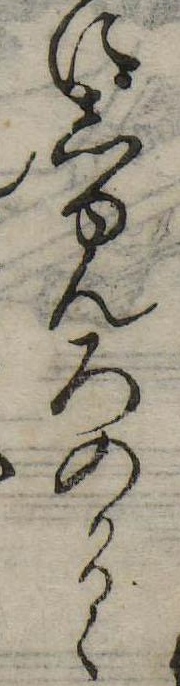
にしゆんろのかるゝ